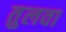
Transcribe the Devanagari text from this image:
तुलवा